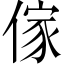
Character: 傢